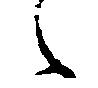
々